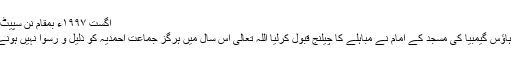
اگست ١٩٩٧ء بمقام نن سپیٹ، ہالینڈ
سٹیٹ ہاؤس گیمبیا کی مسجد کے امام نے مباہلے کا چیلنج قبول کرلیا اللہ تعالٰی اس سال میں ہرگز جماعت احمدیہ کو ذلیل و رسوا نہیں ہونے دیگا۔